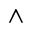
\wedge